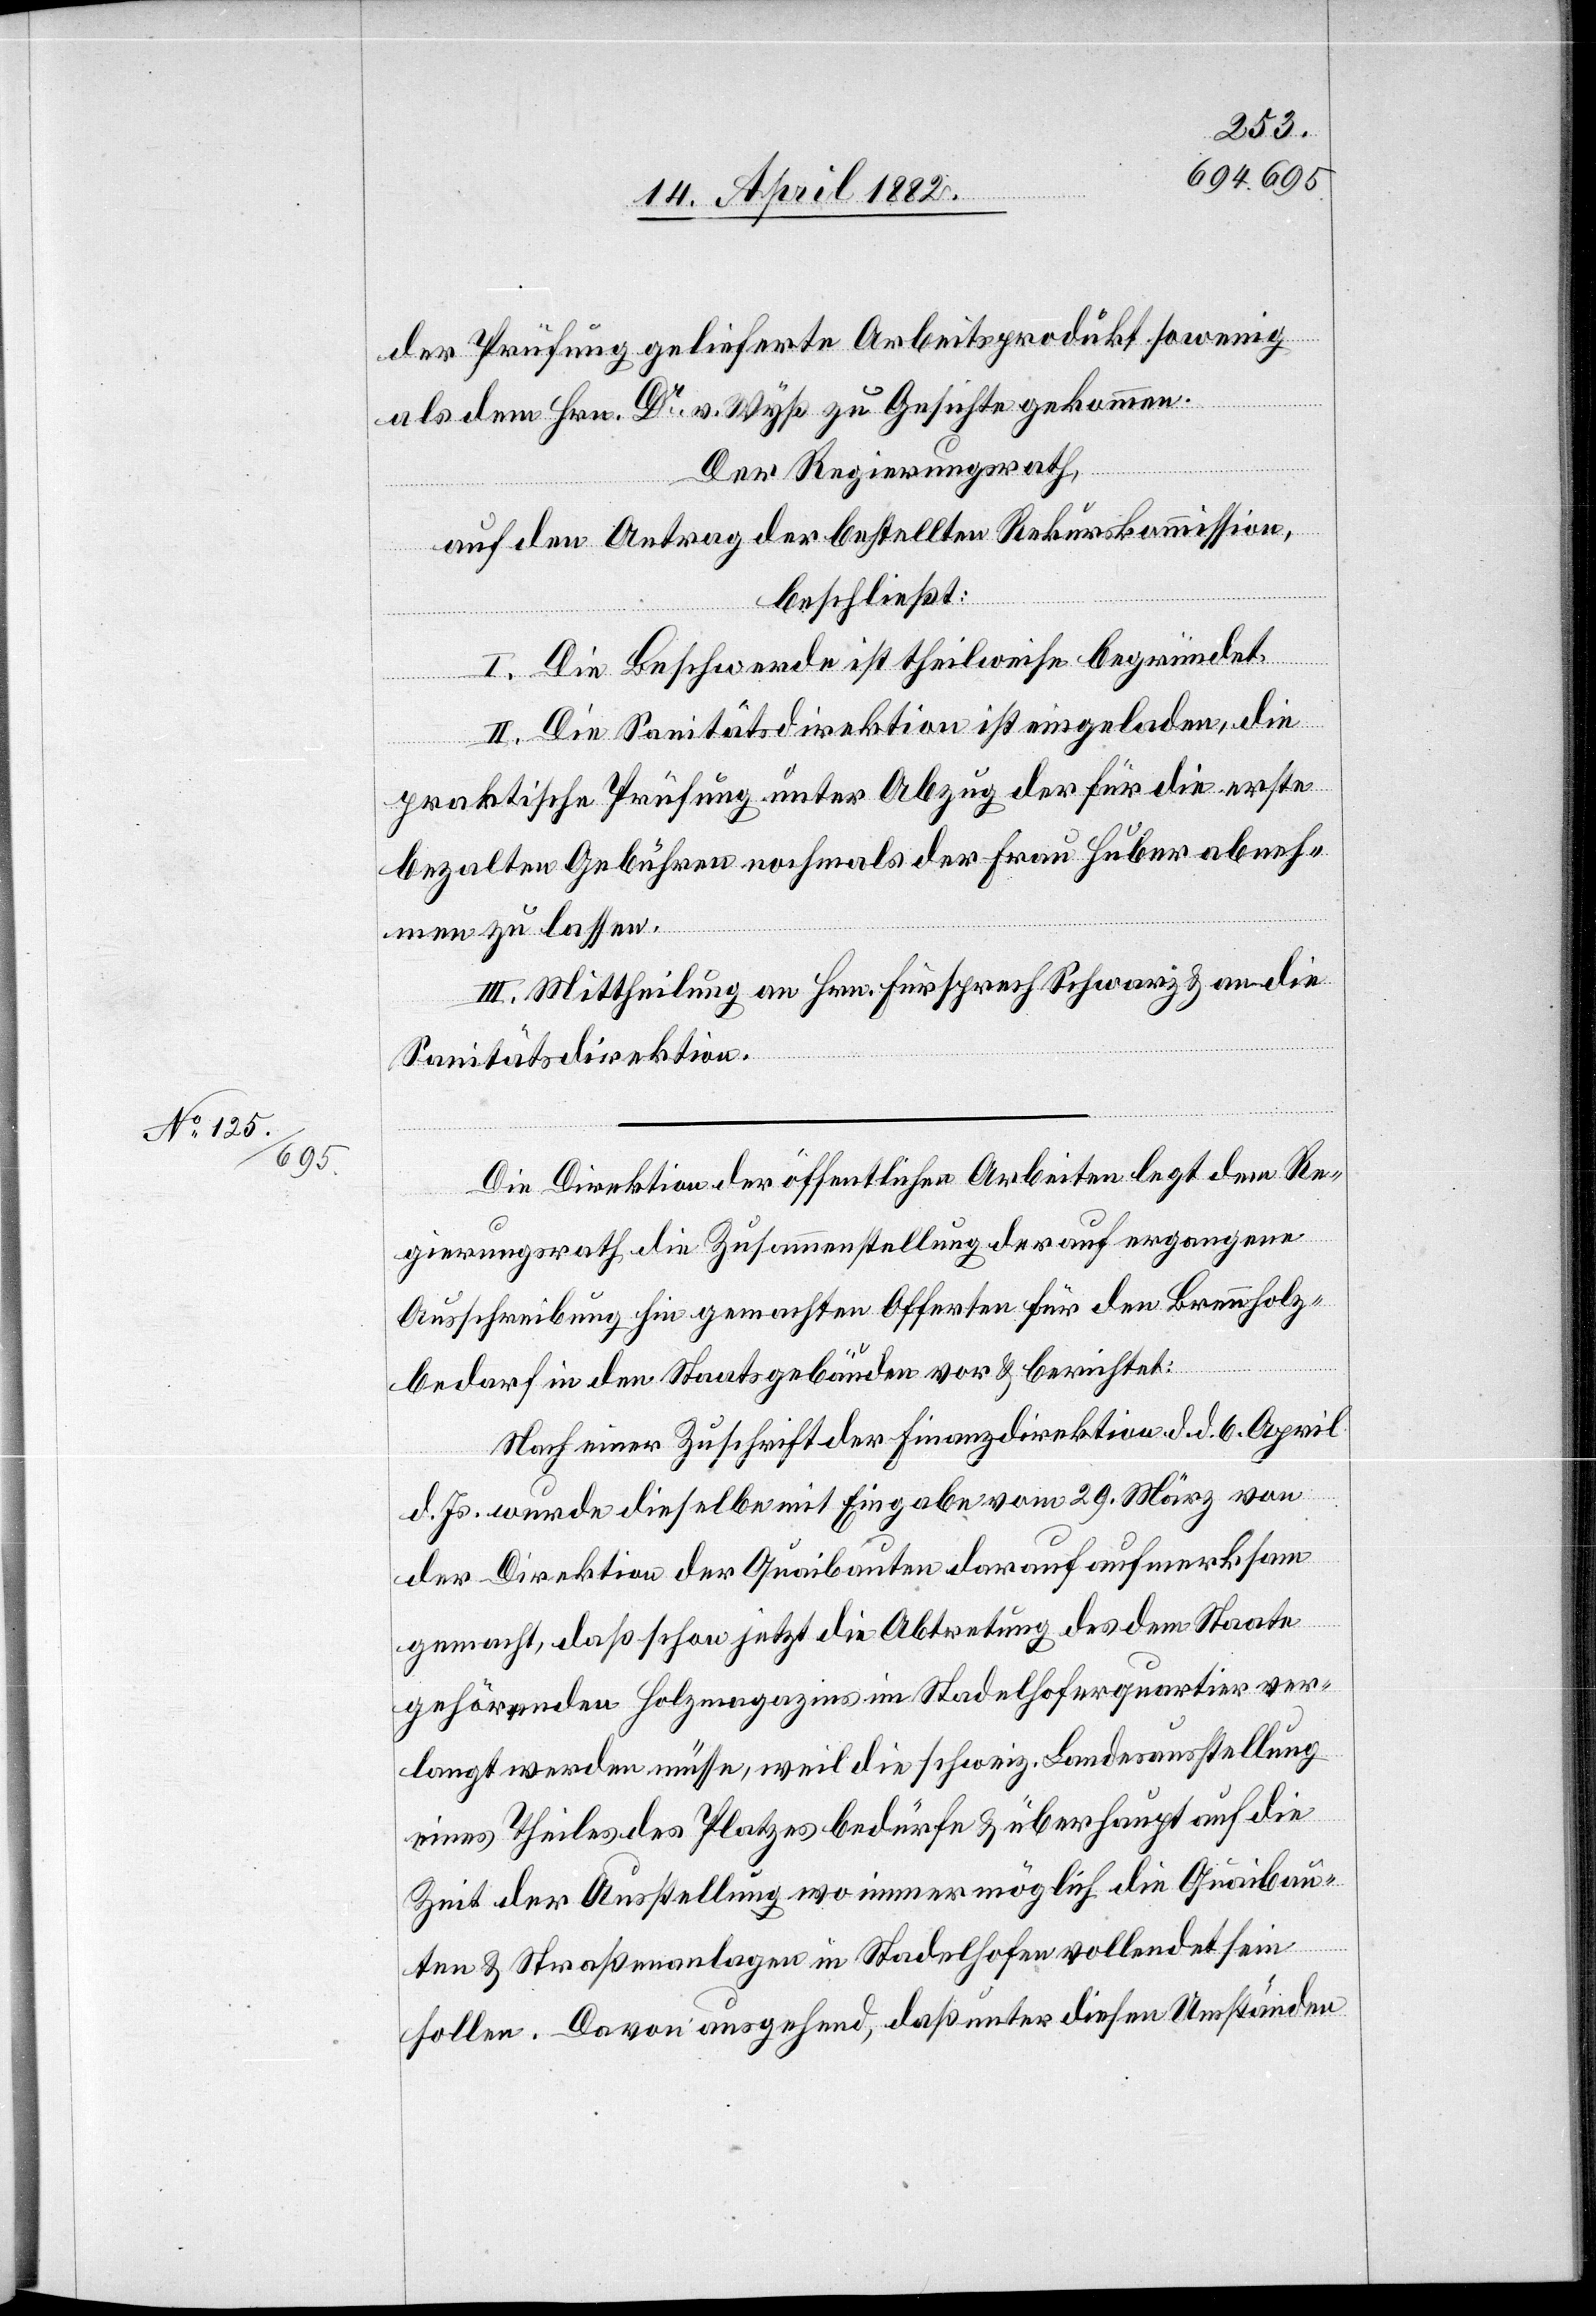
der Prüfung gelieferte Arbeitsprodukt sowenig
als dem Hrn. Dr v. Wyß zu Gesichte gekommen.
Der Regierungsrath,
auf den Antrag der bestellten Rekurskommission,
beschließt:
I. Die Beschwerde ist theilweise begründet.
II. Die Sanitätsdirektion ist eingeladen, die
praktische Prüfung unter Abzug der für die erste
bezalten Gebühren nochmals der Frau Huber abneh¬
men zu lassen.
III. Mittheilung an Hrn. Fürsprech Schwarz & an die
Sanitätsdirektion.
Die Direktion der öffentlichen Arbeiten legt dem Re¬
gierungsrath die Zusammenstellung der auf ergangene
Ausschreibung hin gemachten Offerten für den Brennholz¬
bedarf in den Staatsgebäuden vor & berichtet:
Nach einer Zuschrift der Finanzdirektion d. d. 6. April
d. Js. wurde dieselbe mit Eingabe vom 29. März von
der Direktion der Quaibauten darauf aufmerksam
gemacht, daß schon jetzt die Abtretung des dem Staate
gehörenden Holzmagazins im Stadelhoferquartier ver¬
langt werden müsse, weil die schweiz. Landesausstellung
eines Theiles des Platzes bedürfe & überhaupt auf die
Zeit der Ausstellung wo immer möglich die Quaibau¬
ten & Straßenanlagen in Stadelhofen vollendet sein
sollen. Davon ausgehend, daß unter diesen Umständen